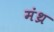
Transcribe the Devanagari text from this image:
मंथ्र